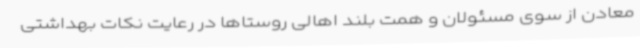
معادن از سوی مسئولان و همت بلند اهالی روستاها در رعایت نکات بهداشتی